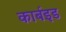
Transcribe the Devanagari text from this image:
कार्बइड